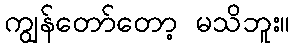
ကျွန်တော်တော့ မသိဘူး။